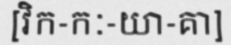
[វិក-កៈ-យា-គា]